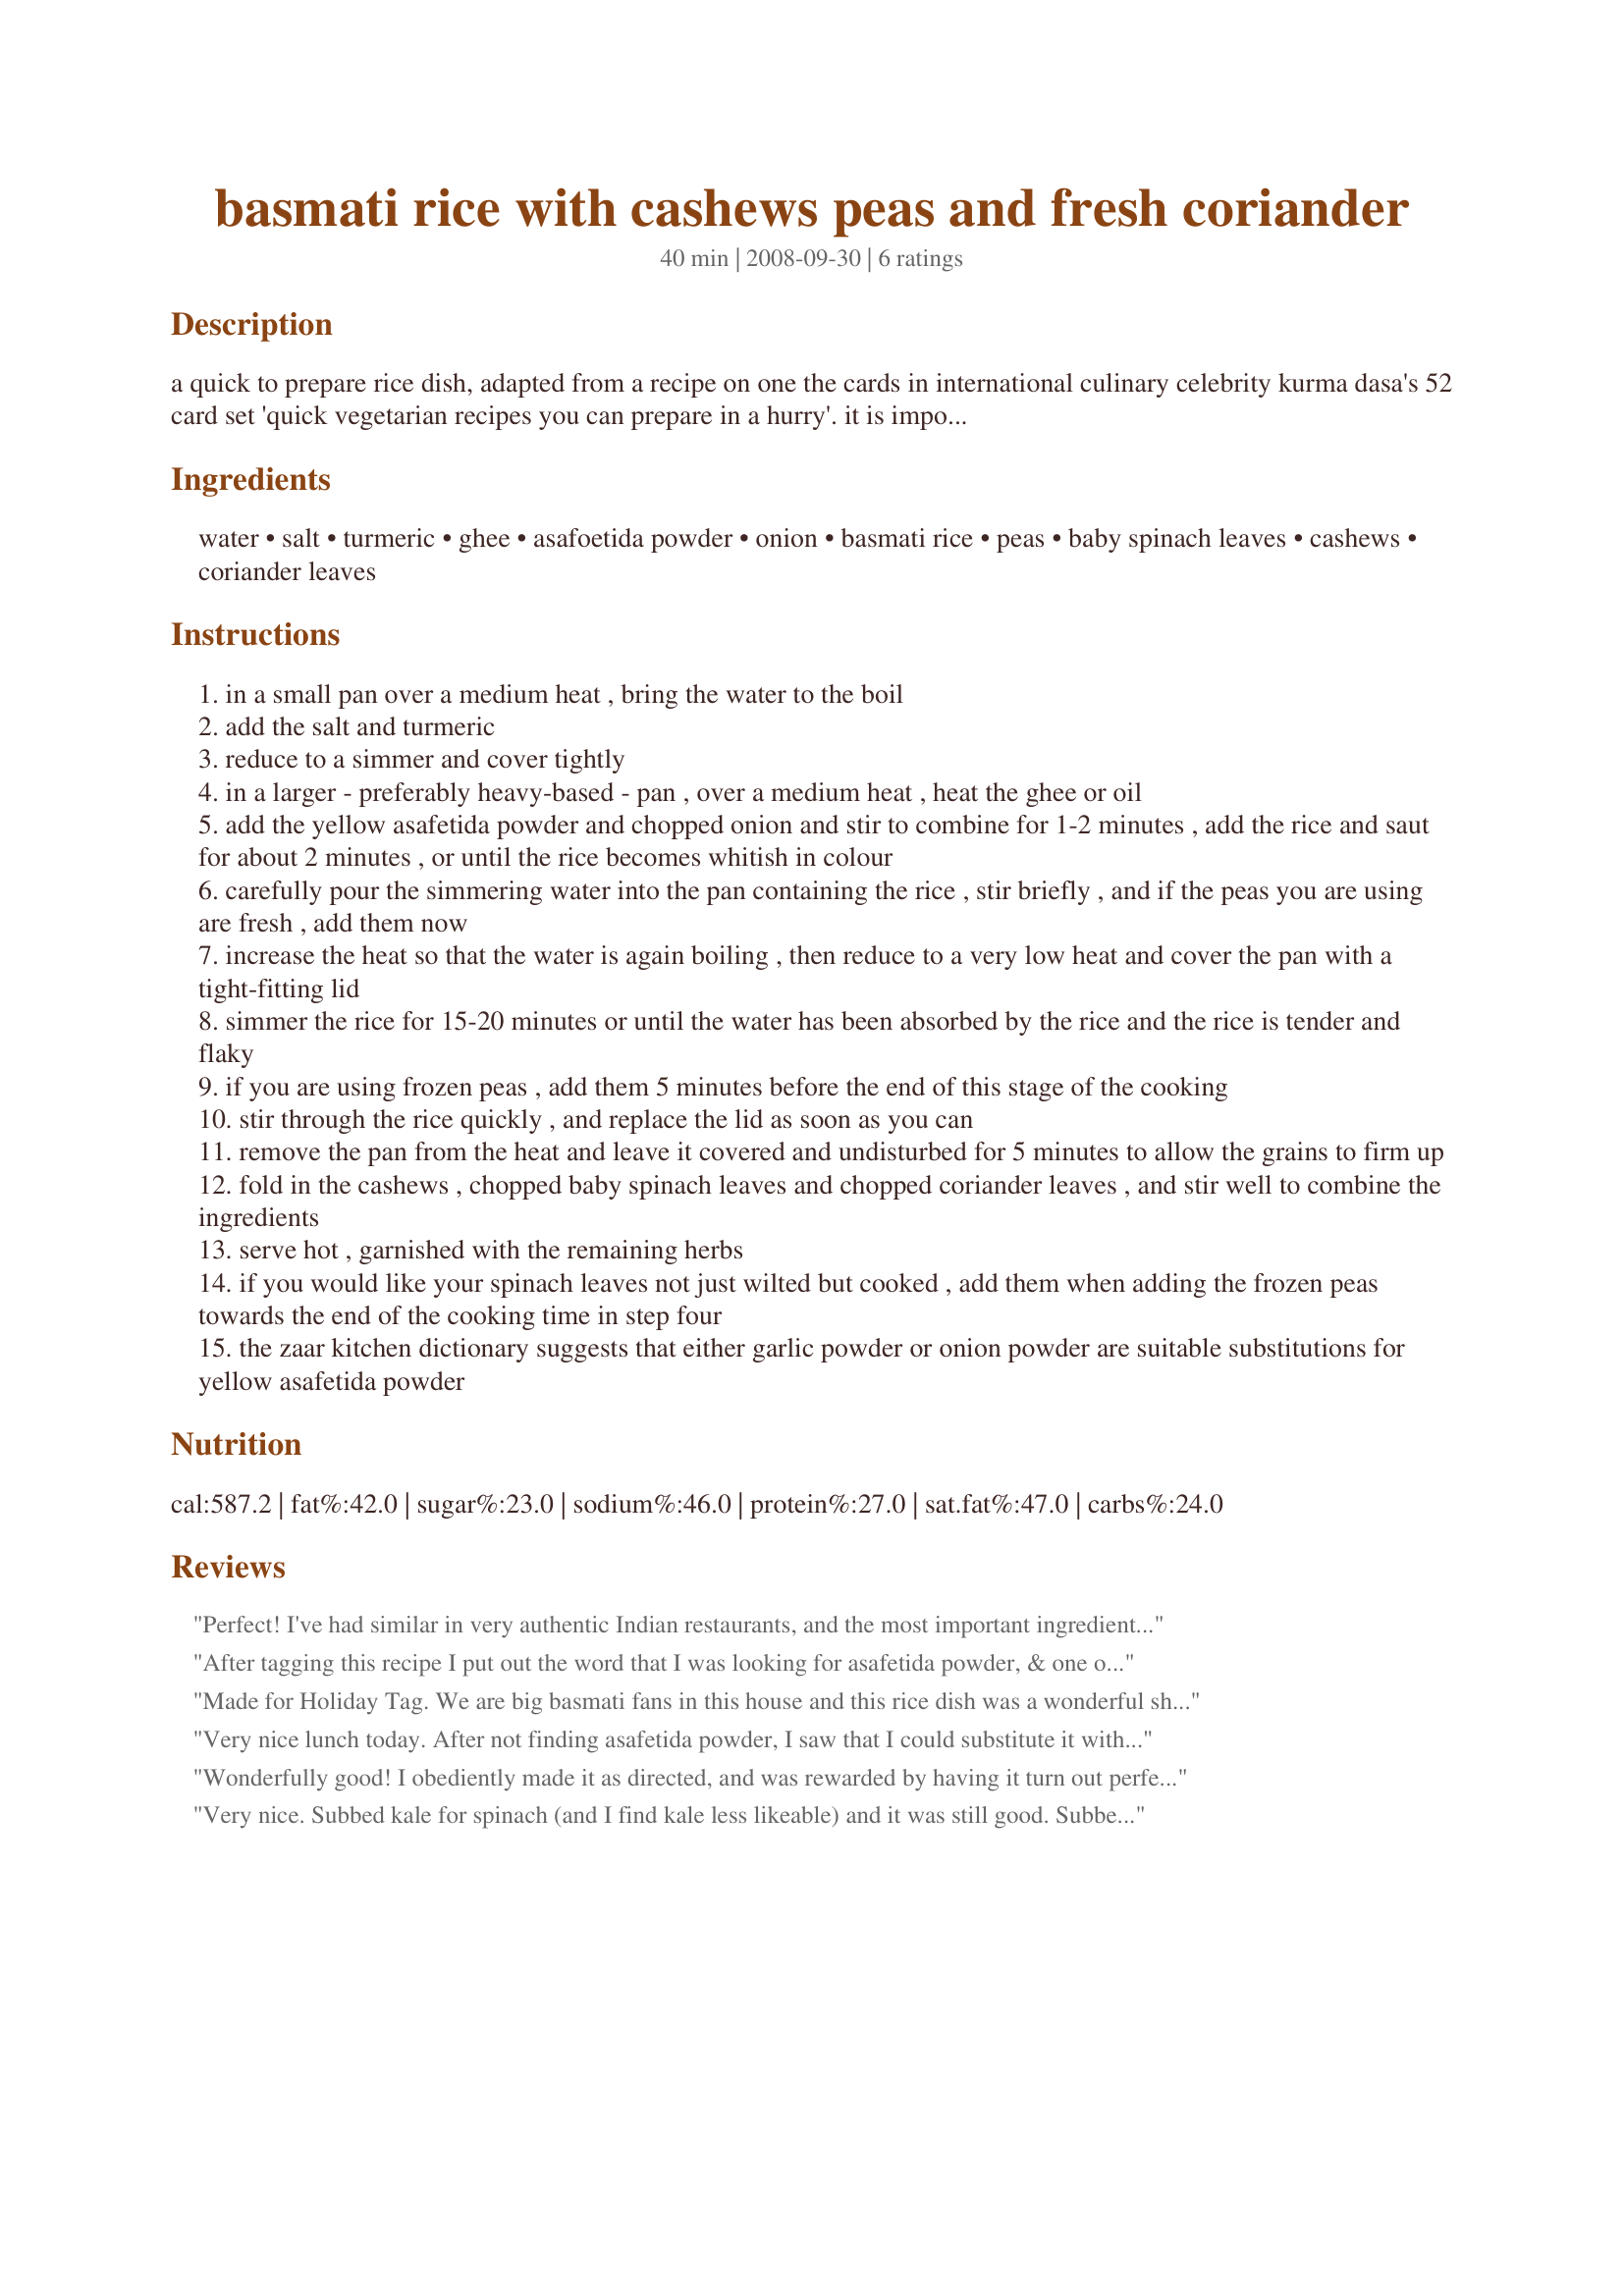
basmati rice with cashews peas and fresh coriander
Preparation time: 40 minutes

a quick to prepare rice dish, adapted from a recipe on one the cards in international culinary celebrity kurma dasa's 52 card set 'quick vegetarian recipes you can prepare in a hurry'. it is important to use pans with tight-fitting lids for this recipe. if you are not overly fond of peas or spinach, substitute them with a vegetable you prefer. but the green of the vegetables in this dish does contrast most attractively with the yellowish rice and the cashews.

Ingredients:
water, salt, turmeric, ghee, asafoetida powder, onion, basmati rice, peas, baby spinach leaves, cashews, coriander leaves

Steps:
in a small pan over a medium heat , bring the water to the boil
add the salt and turmeric
reduce to a simmer and cover tightly
in a larger - preferably heavy-based - pan , over a medium heat , heat the ghee or oil
add the yellow asafetida powder and chopped onion and stir to combine for 1-2 minutes , add the rice and saut for about 2 minutes , or until the rice becomes whitish in colour
carefully pour the simmering water into the pan containing the rice , stir briefly , and if the peas you are using are fresh , add them now
increase the heat so that the water is again boiling , then reduce to a very low heat and cover the pan with a tight-fitting lid
simmer the rice for 15-20 minutes or until the water has been absorbed by the rice and the rice is tender and flaky
if you are using frozen peas , add them 5 minutes before the end of this stage of the cooking
stir through the rice quickly , and replace the lid as soon as you can
remove the pan from the heat and leave it covered and undisturbed for 5 minutes to allow the grains to firm up
fold in the cashews , chopped baby spinach leaves and chopped coriander leaves , and stir well to combine the ingredients
serve hot , garnished with the remaining herbs
if you would like your spinach leaves not just wilted but cooked , add them when adding the frozen peas towards the end of the cooking time in step four
the zaar kitchen dictionary suggests that either garlic powder or onion powder are suitable substitutions for yellow asafetida powder

Reviews:
Perfect! I've had similar in very authentic Indian restaurants, and the most important ingredient is the asafoetida. You can find it in the asian foods aisle at whole foods and most upscale grocery stores, but i get mine cheap from an Indian spice shop in town. I've made this several times and you can omit the cashews and spinach for a milder taste.
After tagging this recipe I put out the word that I was looking for asafetida powder, & one of my several 'ingredient hunters' came through with flying colors (It's great to have friends like that, but of course, you have to keep them well-fed!)! For me this was an unusual recipe & I really enjoyed making it, & I also appreciated that I could use spinach without having it cooked limp! Thanks for a wonderful taste experience here! [Tagged, made & reviewed in Every Day Is a Holiday!]
Made for Holiday Tag.
We are big basmati fans in this house and this rice dish was a wonderful showcase for it.I used peanuts in place of cashews only because thats what I had.
Very nice lunch today. After not finding asafetida powder, I saw that I could substitute it with onion powder, and thats what I did. Other than that recipe was made as written. Made for 1-2-3 hit wonders.
Wonderfully good! I obediently made it as directed, and was rewarded by having it turn out perfectly.

I subbed garlic powder for the asafetida powder, as suggested, and actually, I used frozen spinach (my own, chopped and frozen a week earlier), and added it at the same time as the frozen peas.
DH came through and lifted the lid of the pot, I shouted NO! and he retreated, hurt......

I love the colour and flavours in this rice, and the great texture of the rice itself.
I served it with Recipe #313027, we had an excellent meal, and I'll definitely be making this rice again!

Thanks, bluemoon!
Very nice. Subbed kale for spinach (and I find kale less likeable) and it was still good. Subbed garlic for asafedita. The cashew are especially nice. thanks for sharing.
